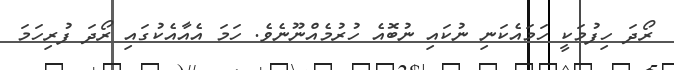
ރޯދަ ހިފުމަކީ ހަމައެކަނި ނުކައި ނުބޮއެ ހުރުމެއްނޫނެވެ. ހަމަ އެއާއެކުގައި ރޯދަ ފުރިހަމަ